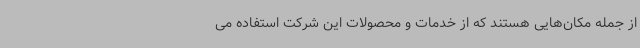
از جمله مکان‌هایی هستند که از خدمات و محصولات این شرکت استفاده می